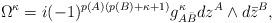
LaTeX: \begin{align*}\Omega^{\kappa}=i(-1)^{p(A)(p(B)+\kappa+1)}g^\kappa_{A {\bar B}} dz^A \wedge d{\bar z}^B,\end{align*}